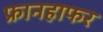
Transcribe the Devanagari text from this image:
फ्रानहाफर